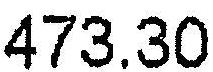
473.30